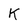
Character: K